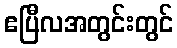
ဧပြီလအတွင်းတွင်